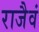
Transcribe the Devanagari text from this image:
राजैवं